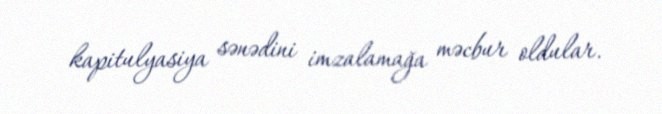
kapitulyasiya sənədini imzalamağa məcbur oldular.